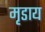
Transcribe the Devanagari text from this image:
मृडाय